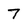
Character: 7